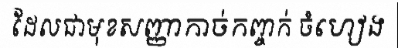
ដែលជាមុខសញ្ញាកាច់កញ្ចក់ ចំហៀង